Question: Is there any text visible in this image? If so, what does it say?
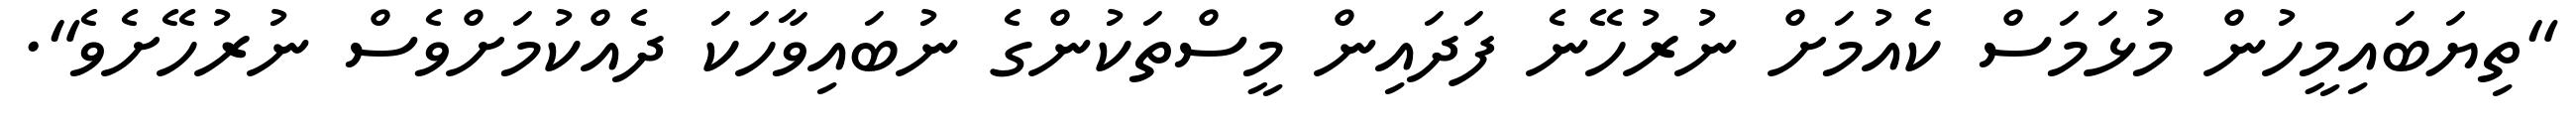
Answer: "ތިޔަބައިމީހުން މުޅަމަސް ކެއުމަށް ނުރުހޭނެ ފަދައިން މީސްތަކުންގެ ނުބައިވާހަކަ ދެއްކުމަށްވެސް ނުރުހޭށެވެ".